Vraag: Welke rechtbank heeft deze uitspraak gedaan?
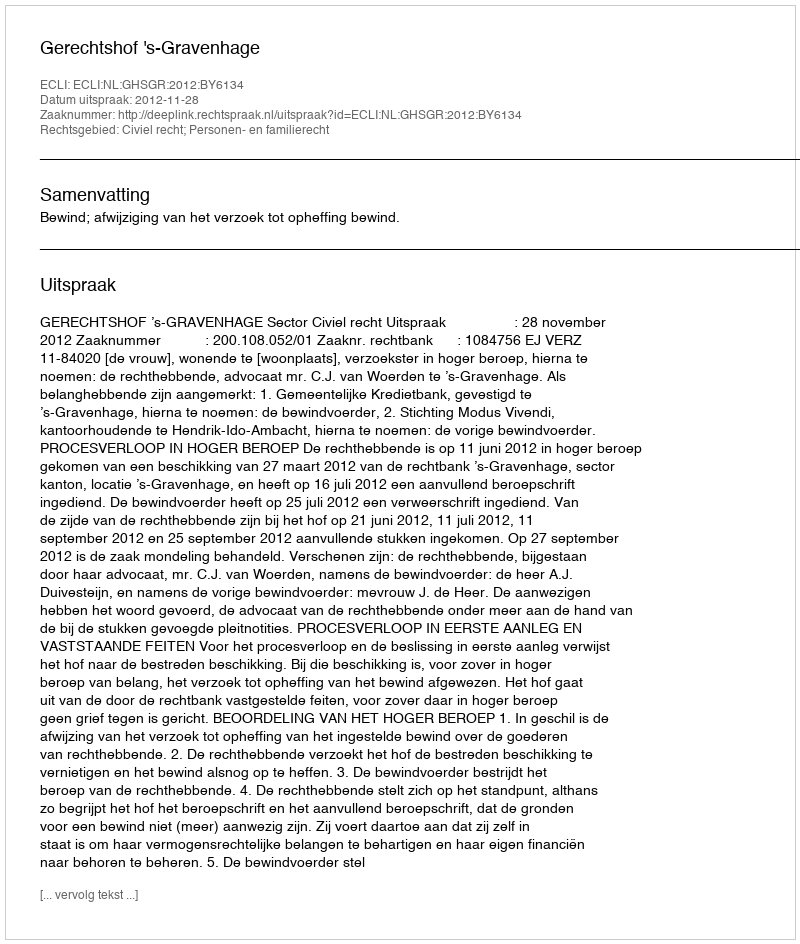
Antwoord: Gerechtshof 's-Gravenhage